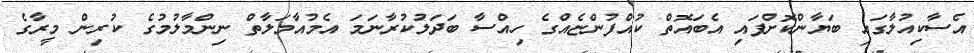
އެސާކިއުލާގައި ބަޔާންކޮށްފައި އެބައޮތް ކުއްފުންޏެއްގެ ހިއްސާ ބަދަލުކުރާނަމަ އެމުއާމަލާތް ނިންމާލުމުގެ ކުރިން މީރާގެ